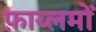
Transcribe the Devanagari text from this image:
फ़ाय्लमों